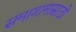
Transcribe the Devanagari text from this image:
समागामासाठी